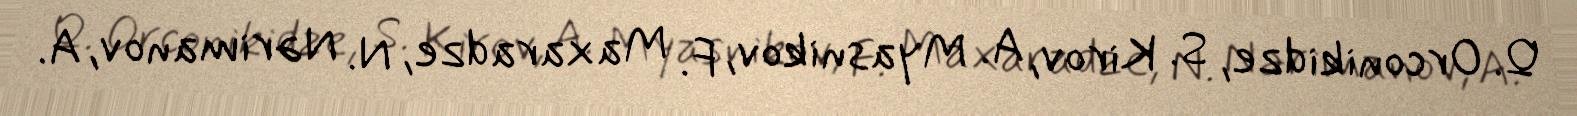
Q. Orconikidze, S. Kirov, A. Myasnikov, F. Maxaradze, N. Nərimanov, A.